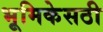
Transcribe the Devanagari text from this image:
भूमिकेसठी